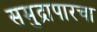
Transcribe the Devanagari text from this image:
समुद्रापारचा